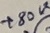
Text: +80V